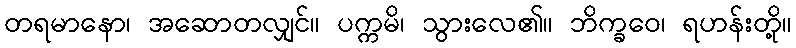
တရမာနော၊ အဆောတလျှင်။ ပက္ကမိ၊ သွားလေ၏။ ဘိက္ခဝေ၊ ရဟန်းတို့။